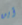
أين